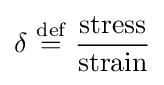
\delta \ {\stackrel {\text{def}}{=}}\ {\frac {\text{stress}}{\text{strain}}}